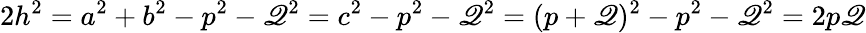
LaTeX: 2h^{2}=a^{2}+b^{2}-p^{2}-\mathscr{Q}^{2}=c^{2}-p^{2}-\mathscr{Q}^{2}=(p+\mathscr{Q})^{2}-p^{2}-\mathscr{Q}^{2}=2p\mathscr{Q}